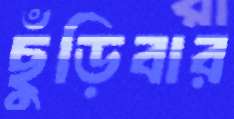
ছুঁড়িবার